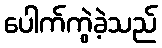
ပေါက်ကွဲခဲ့သည်